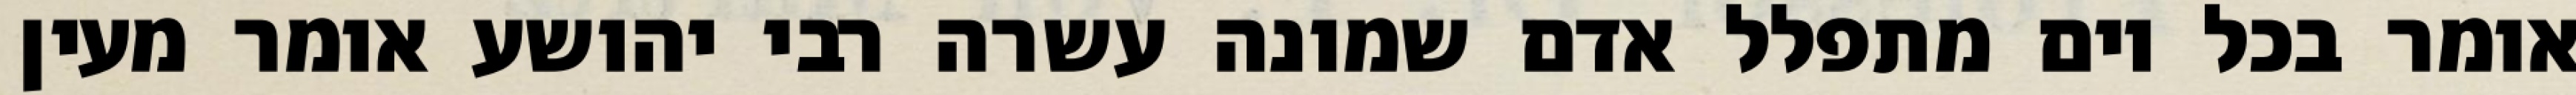
אומר בכל יום מתפלל אדם שמונה עשרה רבי יהושע אומר מעין